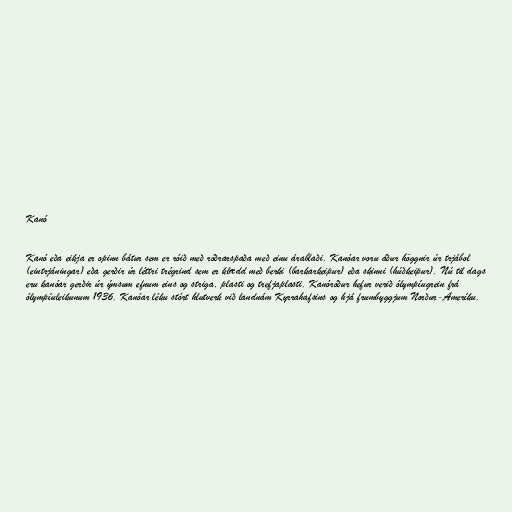
Kanó

Kanó eða eikja er opinn bátur sem er róið með róðrarspaða með einu árablaði. Kanóar voru áður höggnir úr trjábol
(eintrjáningar) eða gerðir úr léttri trégrind sem er klædd með berki (barkarkeipur) eða skinni (húðkeipur). Nú til dags
eru kanóar gerðir úr ýmsum efnum eins og striga, plasti og trefjaplasti. Kanóróður hefur verið ólympíugrein frá
ólympíuleikunum 1936. Kanóar léku stórt hlutverk við landnám Kyrrahafsins og hjá frumbyggjum Norður-Ameríku.